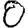
Digit: 0